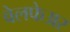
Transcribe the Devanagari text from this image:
वेलफेअर